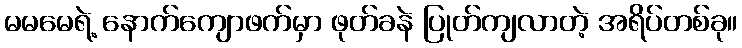
မမမေရဲ့ နောက်ကျောဖက်မှာ ဖုတ်ခနဲ ပြုတ်ကျလာတဲ့ အရိပ်တစ်ခု။